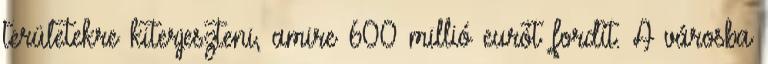
területekre kiterjeszteni, amire 600 millió eurót fordít. A városba